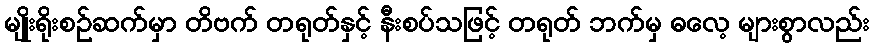
မျိုးရိုးစဉ်ဆက်မှာ တိဗက် တရုတ်နှင့် နီးစပ်သဖြင့် တရုတ် ဘက်မှ ဓလေ့ များစွာလည်း